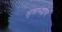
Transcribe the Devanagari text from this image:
मुन्नाभाईचा